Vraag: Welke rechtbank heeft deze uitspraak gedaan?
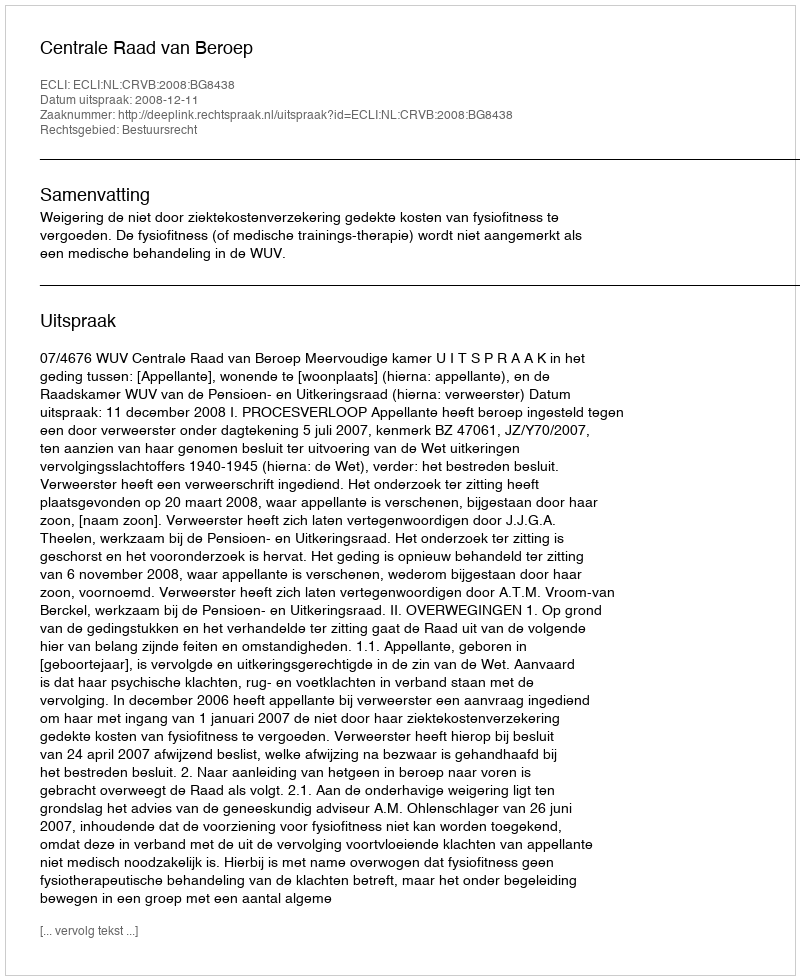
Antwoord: Centrale Raad van Beroep